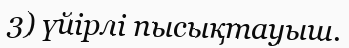
3) үйірлі пысықтауыш.